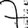
Digit: 7